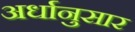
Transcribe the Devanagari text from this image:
अर्धानुसार